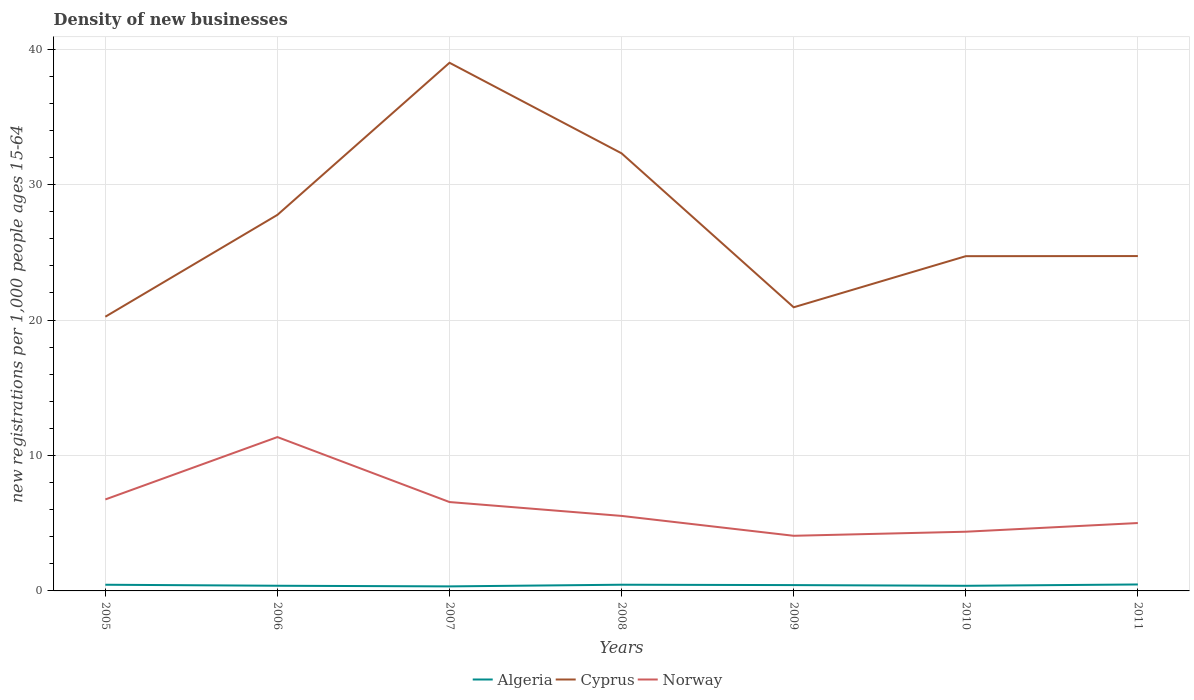
| Years | Algeria | Cyprus | Norway |
 | --- | --- | --- | --- |
 | 2005 | 0.457 | 20.2 | 6.75 |
 | 2006 | 0.382 | 27.8 | 11.4 |
 | 2007 | 0.335 | 39 | 6.56 |
 | 2008 | 0.458 | 32.3 | 5.54 |
 | 2009 | 0.43 | 20.9 | 4.07 |
 | 2010 | 0.379 | 24.7 | 4.37 |
 | 2011 | 0.477 | 24.7 | 5.01 |